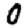
Digit: 0